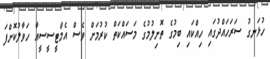
ހުޅަނގު ސަރަހައްދުގައި ހިއްކައި ބިމުގެ ތޮށިލުމުގެ މަސައްކަތް ކުރުމަށް ވެސް އެމްޓީސީސީއާ ހަވާލުކޮށްފަ